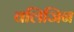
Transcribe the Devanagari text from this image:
वलिजिन